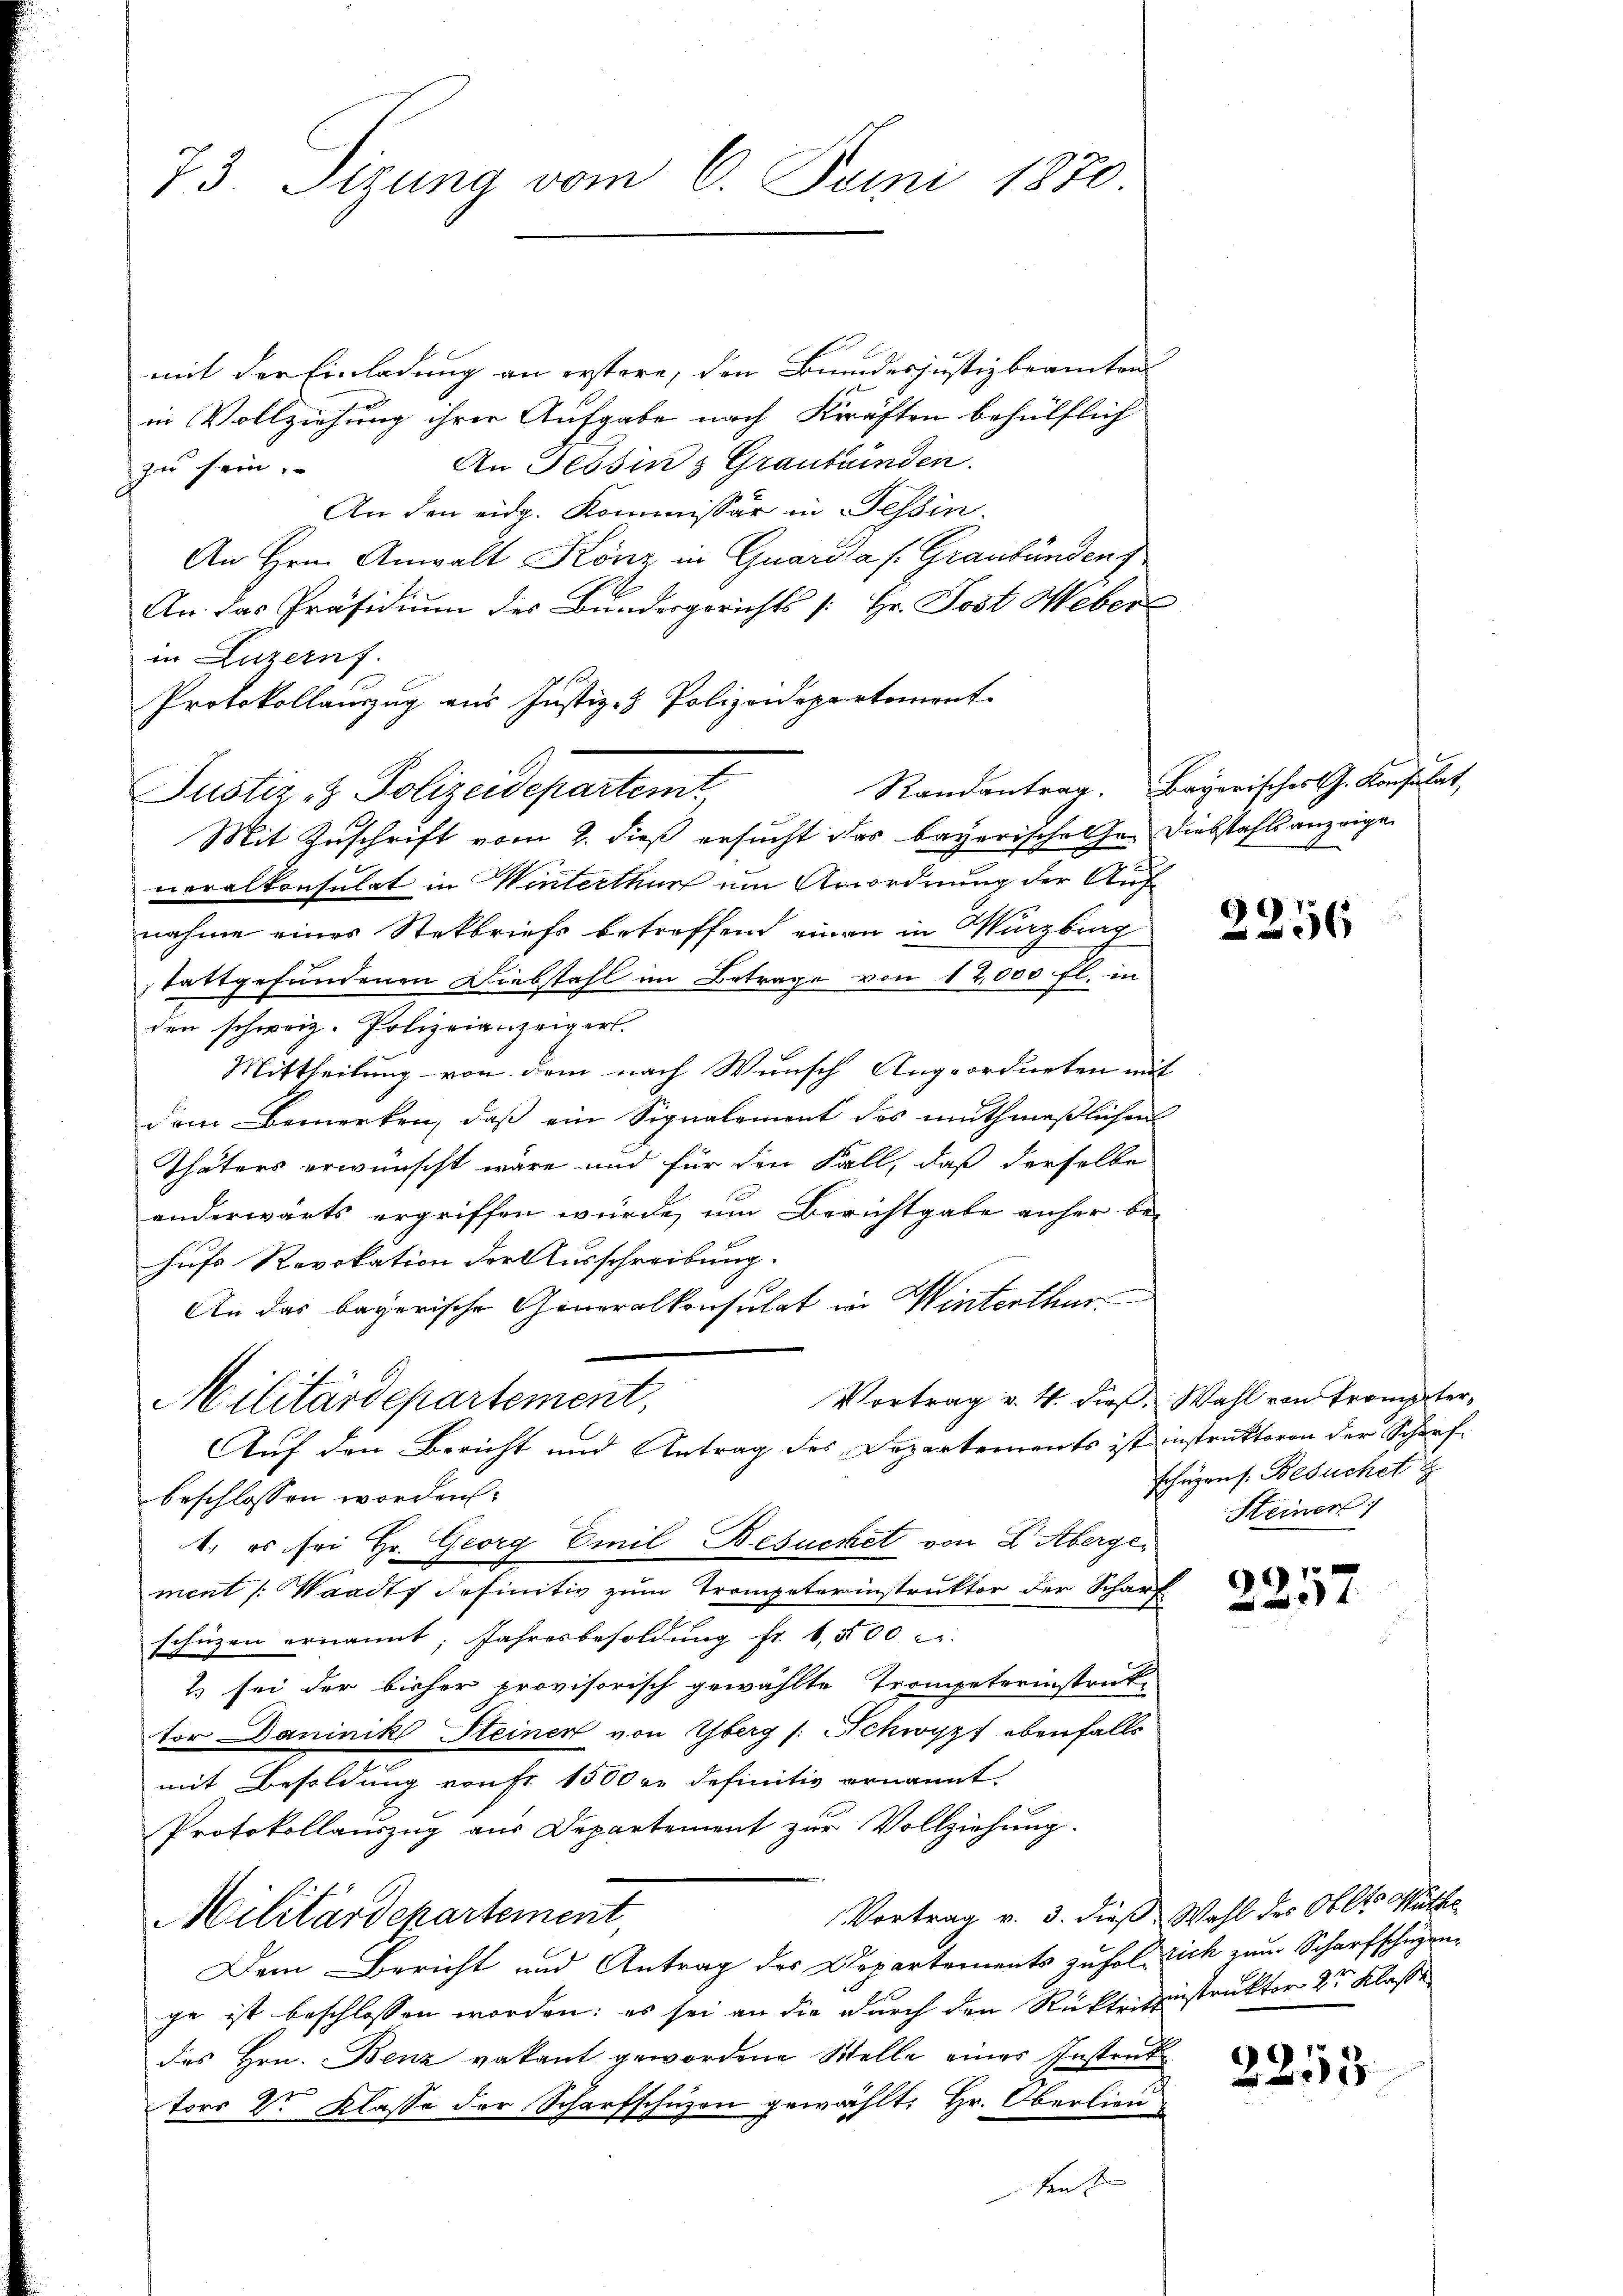
73. Sizung vom 6. Juni 1870.

mit der Einladung an erstere, den Bundes justizbeamten
in Vollziehung ihrer Aufgabe nach Kräften behülflich
An Tessin z Graubünden.
zu sein.
An den eidg. Kommissär in Tessin.
An Hrn. Anwalt Köniz in Quaria (Graubünden
An. Das Präsidium des Bundesgerichts [Hr. Post Weber
in Luzern f
Protokollauszug aus Justiz- & Polizeidepartemont
Justiz & Polizeidepartemt,
Mit Zuschrift vom 2. dieß ersucht das bayerischehe. Diebstahls anzeige
veralkonsulat in Winterthur ein Anordnung der Auf
nahme eines Stekbriefs betreffend einen in Würzburg
stattgefundenen Diebstahl im Betrage von 12,000 fl. in
den schweiz. Polizeianzeigert.
Mittheilung von dem nach Wunsch Angeordneten mit
dem Bemerken, daß ein Signalement des muthmaßlichen
Thäters erwünscht wäre und für den Fall, daß derselbe
anderwärts ergriffen würde, um Berichtgabe anher be-
hufs Revokation der Ausschreibung.
An das bayerische Generalkonsulat in Winterthur
Vortrag v. 4. dieß. Wahl von Trompter,
Militärdepartement,
Auf den Bericht und Antrag des Departements ist instruktoren der Scharfbeschlossen worden.
1. es sei Hr. Georg Emil Besuchet von Dr. Abergement /: Waadt definitiv zum Trompeterinstruktor der Scharf
schüzen ernannt; Jahresbesoldŭng fr. 1,500 c.
2) sei der bisher provisorisch gewählte Trompetreinstruk-
tor Daninik Steiner von Yberg (: Schwypf ebenfalls
mit Besoldung von Fr. 1500 rt definitiv ernannt.
Protokollauszug aus Departement zur Vollziehung.
Vortrag v. 3. dieß Wahl des Oblt. Mütte
Militärdepartement,
Dem Bericht und Antrag des Departements zufolglich zum Scharfschüzenge ist beschlossen worden: es sei an die durch den Rücktrittsinstruktor 2r Klaße
des Hrn. Benz vakant gewordene Stelle eines Instruk
tors Dr. Klasse der Scharfschuzen gewählt: Hr. Oberlieutent

Randantrag. Bayerisches G. Konsulat,

2256

schüzens. Besuchet
Steiner 1

17
 4

2255